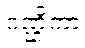
ဂဏ္ဌိကာ